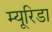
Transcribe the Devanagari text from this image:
म्यूरिडा